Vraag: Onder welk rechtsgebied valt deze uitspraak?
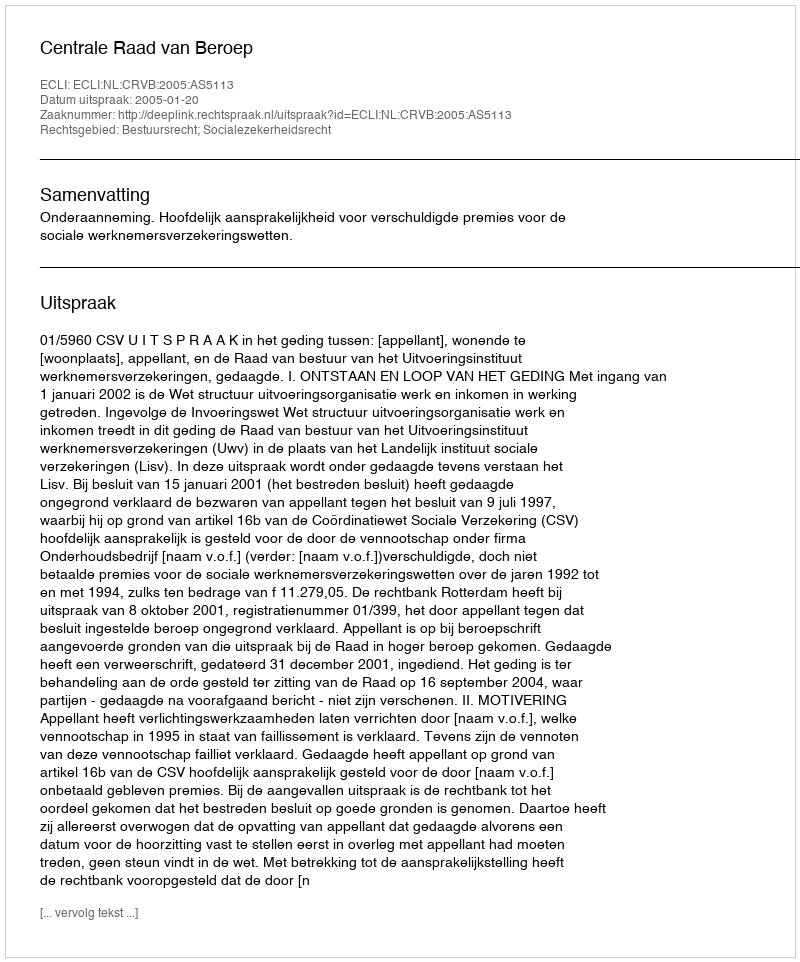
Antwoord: Bestuursrecht; Socialezekerheidsrecht